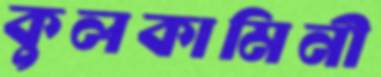
কুলকামিনী